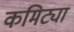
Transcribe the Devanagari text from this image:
कमिट्या